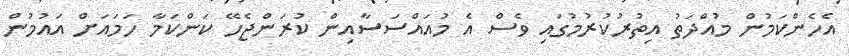
އެހެންކަމުން މުއްދަތު އިތުރުކުރުމުގައި ވެސް އެ މުއައްސަސާއިން ކުރަންޖެހޭ ކަންކަމާ ހަމައަށް އައުމުން